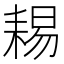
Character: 𦓻